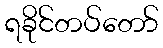
ရခိုင်တပ်တော်